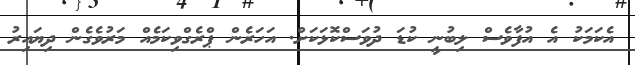
އެކަމަކު އެ އުފާވެސް ލިބުނީ ކުޑަ ދުވަސްކޮޅަކަށް. އަހަރެން ޕްރެގްވިކަމެއް މަރުވެގެން ދިޔައިރު